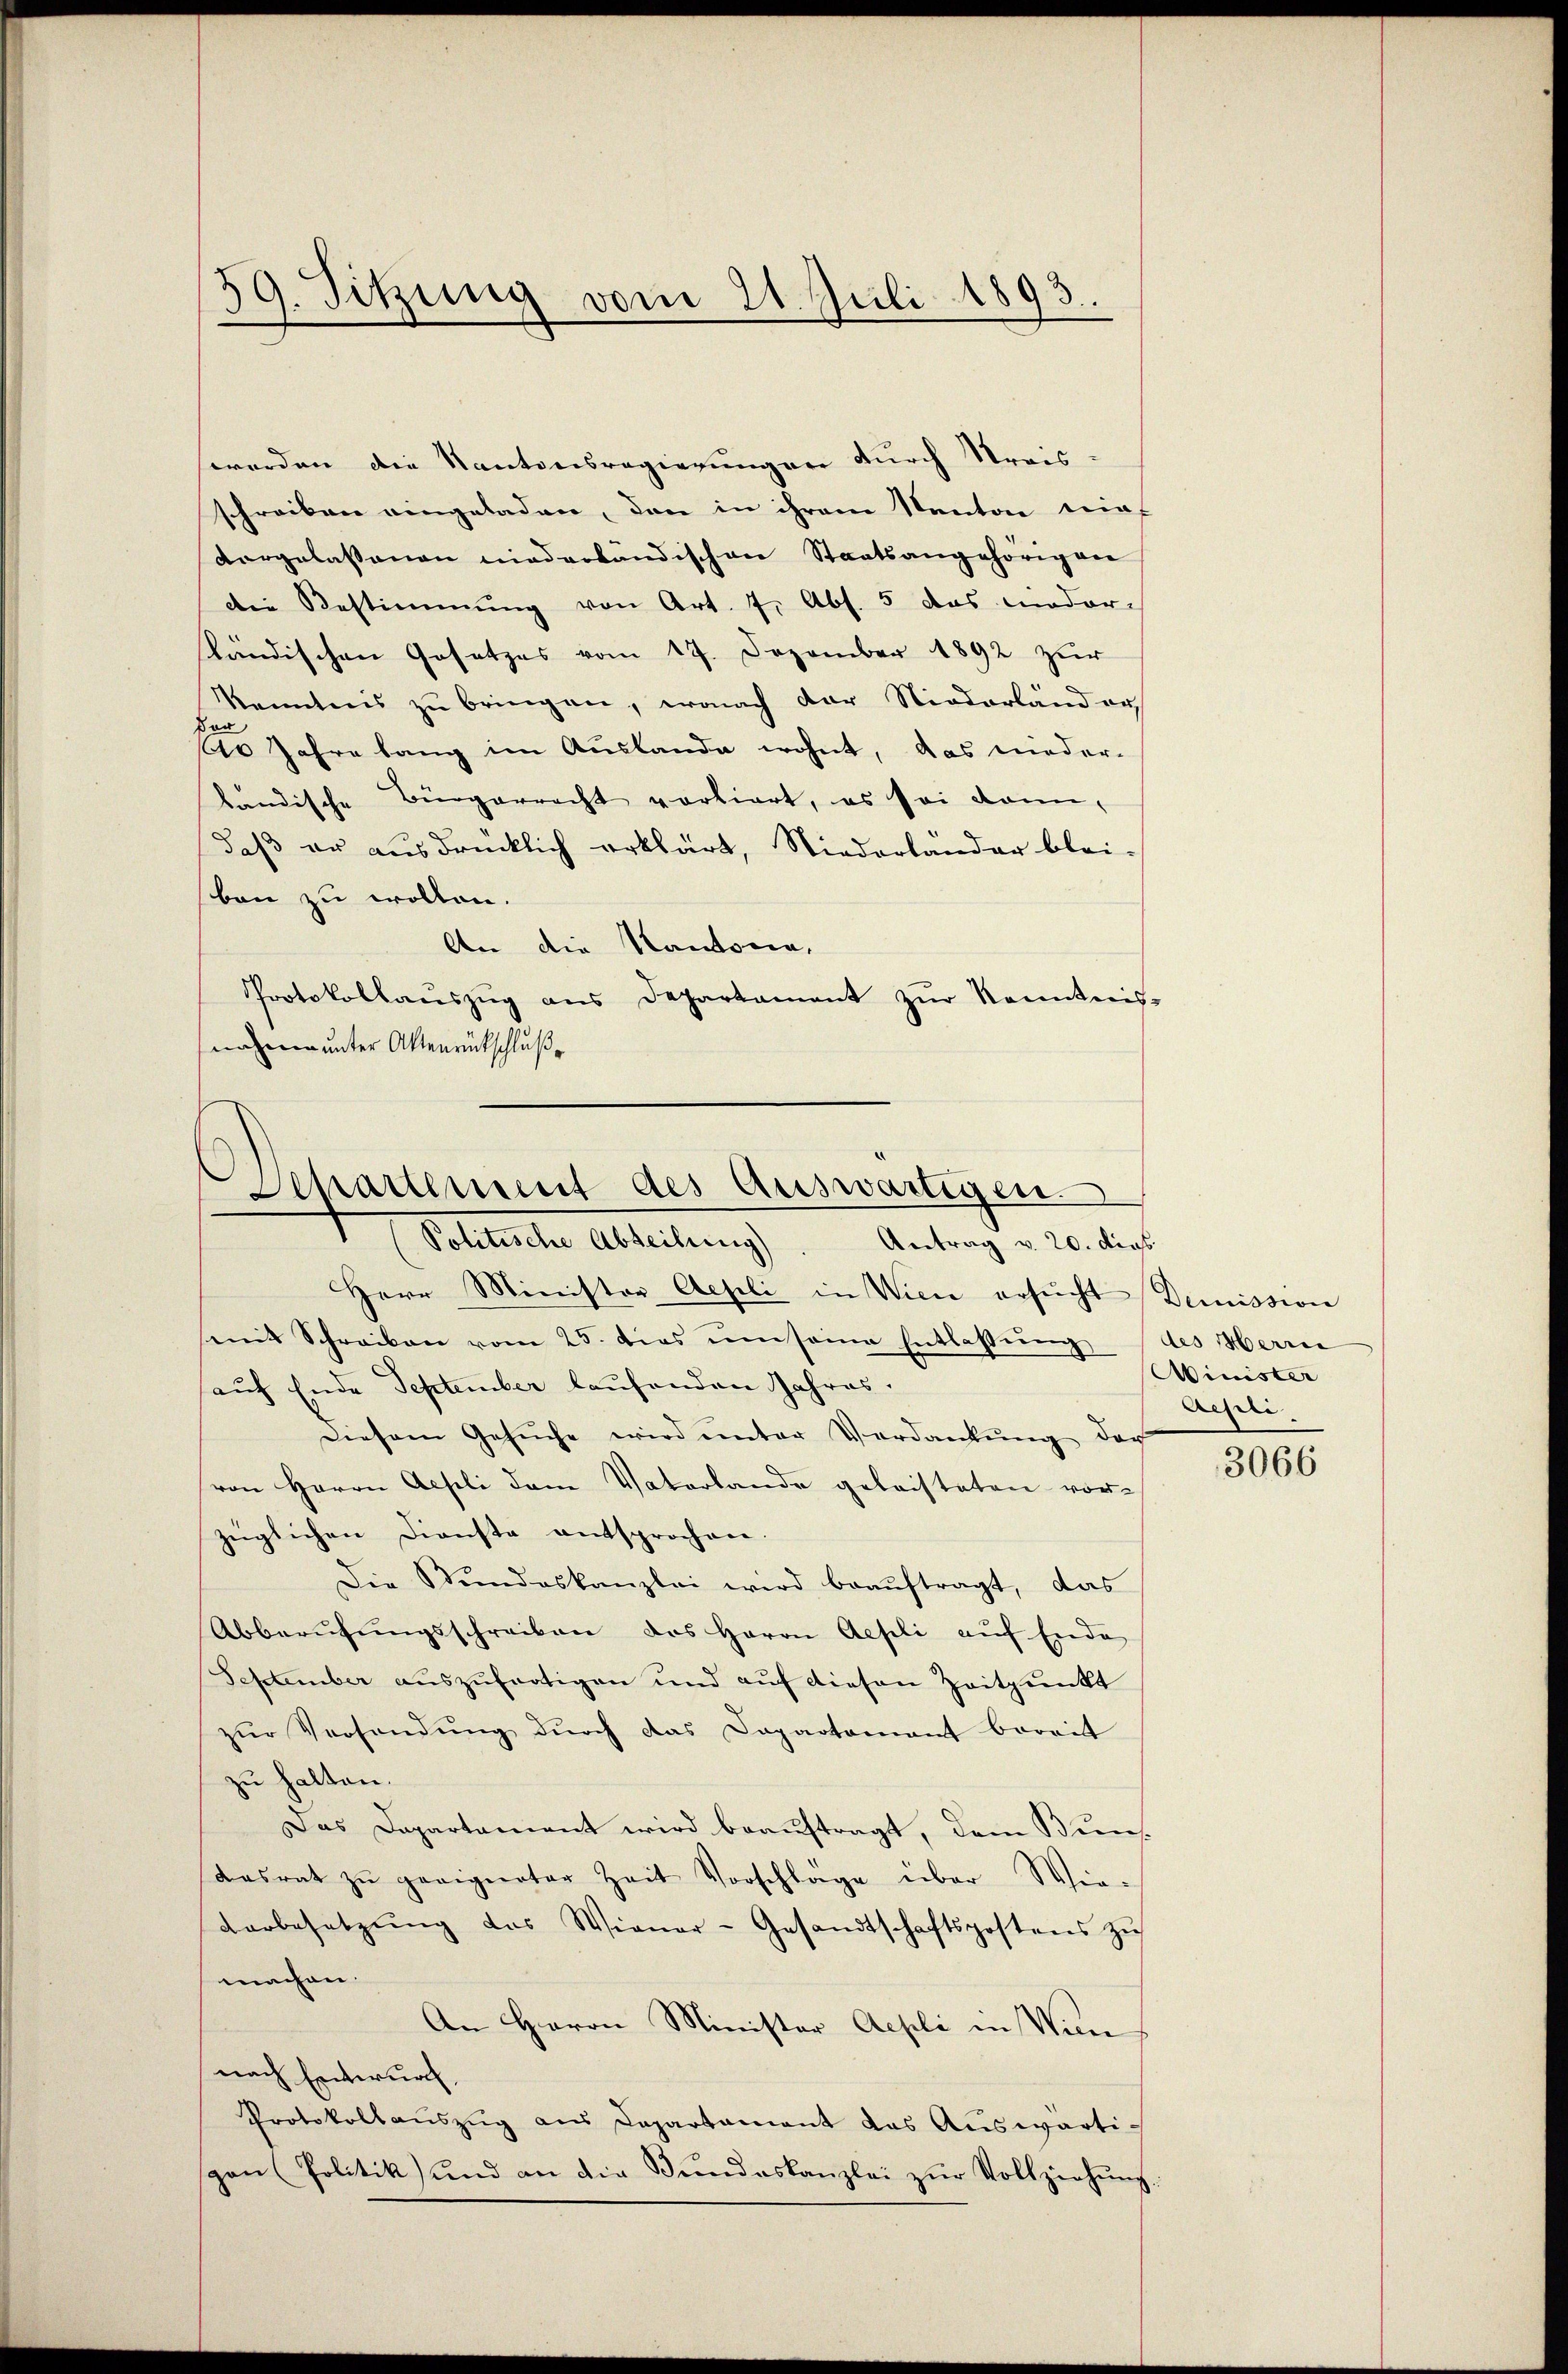
59. Sitzung vom 21. Juli 1893.

werden die Kantonsregierungen durch Streisschreiben eingeladen, den in ihrem Kanton einf
vorgelassenen niederbandischen Staatsangehörigen
die Bestimmung von Art. 7. Abs. 5 das moder-
kändischen Gesetzes vom 17. Dezember 1892 zur
Kenntnis zŭ bringen, wonach der Niederländer,
10 Jahre lang im Auslande wohnt, das nieder-
ländische Bürgerrecht vorliert, es sei dann,
daß er ausdrücklich erklärt, Niederlander blei-
ben zu wollen.
An die Kantonia,
Protokollaŭszŭg ans Departament zŭr Kenntnis-
enen unter Aktenrückschluß

Schattement des Auswärtigen.
Politische Abteilung)
Antrag v. 20. dies

Herr Minister Aepli in Vice ersŭcht Demission
mit Schreiben vom 25. dies um seine Entlassŭng
auf Ende September laufenden Jahres.
Diesem Gesŭche wird ŭnter Verdankŭng der
von Herrn Aeseli dem Vaterlande geleisteten vor-
züglichen Dienste entsprochen.
Die Stŭndeskanzlei wird beaŭftragt, das
Abberŭfŭngsschreiben des Herrn Aepli aŭf Ende
September aŭszŭfertigen und aŭf diesen Zeitpunkt
zŭr Versandŭng dŭrch das Dapartamant bereit
zu halten.
Das Dapartament wird beauftragt, dem Bun¬
Kasrat zŭ geeigneter Zeit Vorschlage über Wie-
darbesetzŭng das Wiener-Gesandtschaftspostens zŭ
machen.
An Herrn Minister Aepli in Wien
nach Entwurf,
Protokollaŭszŭg aŭs Capartamant das Auswärtigen (Politik und an die Bŭndeskanzlei zŭr Vollziehŭng.

des Herrei
Minister
Aesli

3066